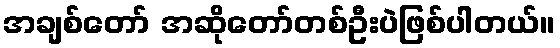
အချစ်တော် အဆိုတော်တစ်ဦးပဲဖြစ်ပါတယ်။